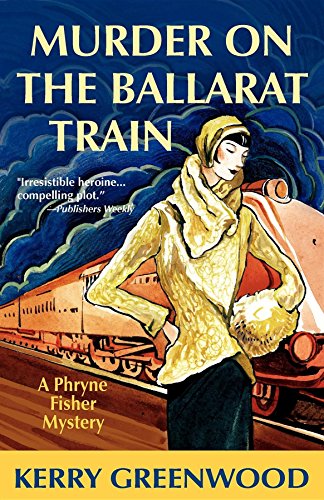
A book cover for Murder on the Ballarat Train: A Phryne Fisher Mystery; Kerry Greenwood; Literature & Fiction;